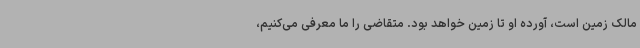
مالک زمین است، آورده او تا زمین خواهد بود. متقاضی را ما معرفی می‌کنیم،